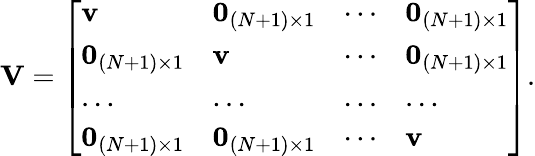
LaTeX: \mathbf{V}=\left[\begin{array}{llll}{\mathbf{v}}&{\mathbf{0}_{(N+1)\times 1}}&{\cdots}&{\mathbf{0}_{(N+1)\times 1}}\\ {\mathbf{0}_{(N+1)\times 1}}&{\mathbf{v}}&{\cdots}&{\mathbf{0}_{(N+1)\times 1}}\\ {\ldots}&{\ldots}&{\ldots}&{\ldots}\\ {\mathbf{0}_{(N+1)\times 1}}&{\mathbf{0}_{(N+1)\times 1}}&{\cdots}&{\mathbf{v}}\end{array}\right].